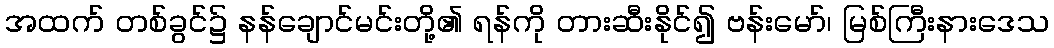
အထက် တစ်ခွင်၌ နန်ချောင်မင်းတို့၏ ရန်ကို တားဆီးနိုင်၍ ဗန်းမော်၊ မြစ်ကြီးနားဒေသ